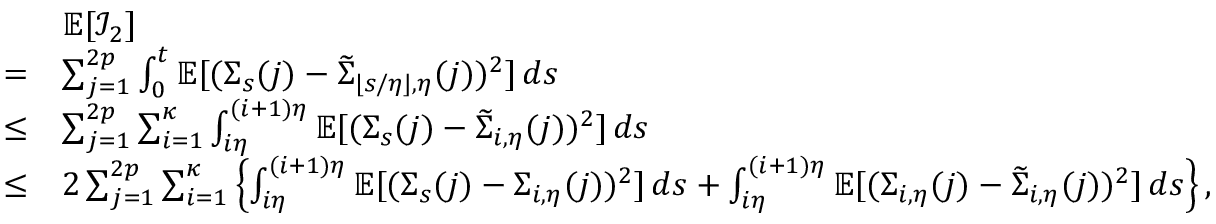
\begin{array} { r l } & { \mathbb { E } [ \mathcal { I } _ { 2 } ] } \\ { = } & { \sum _ { j = 1 } ^ { 2 p } \int _ { 0 } ^ { t } \mathbb { E } [ ( \Sigma _ { s } ( j ) - \widetilde \Sigma _ { \lfloor s / \eta \rfloor , \eta } ( j ) ) ^ { 2 } ] \, d s } \\ { \leq } & { \sum _ { j = 1 } ^ { 2 p } \sum _ { i = 1 } ^ { \kappa } \int _ { i \eta } ^ { ( i + 1 ) \eta } \mathbb { E } [ ( \Sigma _ { s } ( j ) - \widetilde \Sigma _ { i , \eta } ( j ) ) ^ { 2 } ] \, d s } \\ { \leq } & { 2 \sum _ { j = 1 } ^ { 2 p } \sum _ { i = 1 } ^ { \kappa } \left\{ \int _ { i \eta } ^ { ( i + 1 ) \eta } \mathbb { E } [ ( \Sigma _ { s } ( j ) - \Sigma _ { i , \eta } ( j ) ) ^ { 2 } ] \, d s + \int _ { i \eta } ^ { ( i + 1 ) \eta } \mathbb { E } [ ( \Sigma _ { i , \eta } ( j ) - \widetilde \Sigma _ { i , \eta } ( j ) ) ^ { 2 } ] \, d s \right\} , } \end{array}